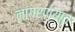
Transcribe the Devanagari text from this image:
नांगरण्यात